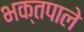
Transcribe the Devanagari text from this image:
भक्तपाले